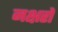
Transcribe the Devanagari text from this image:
नक्षरों